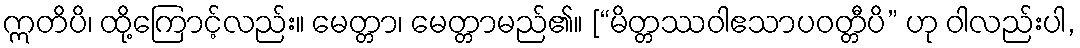
ဣတိပိ၊ ထို့ကြောင့်လည်း။ မေတ္တာ၊ မေတ္တာမည်၏။ [“မိတ္တဿဝါဧသာပဝတ္တီပိ” ဟု ဝါလည်းပါ,